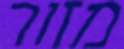
מזור